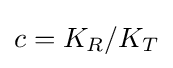
c=K_{R}/K_{T}